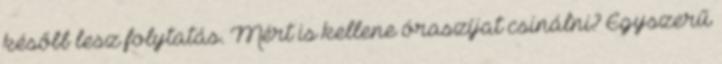
később lesz folytatás. Mért is kellene óraszíjat csinálni? Egyszerű